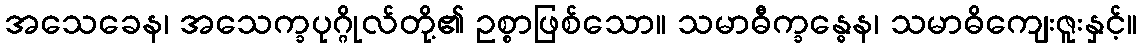
အသေခေန၊ အသေက္ခပုဂ္ဂိုလ်တို့၏ ဥစ္စာဖြစ်သော။ သမာဓီက္ခန္ဓေန၊ သမာဓိကျေးဇူးနှင့်။